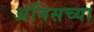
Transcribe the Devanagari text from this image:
अंनिसच्या